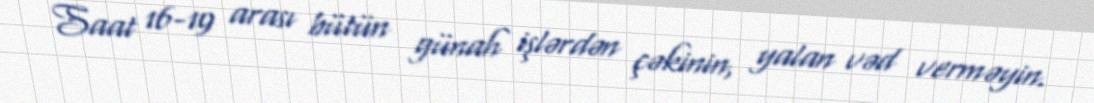
Saat 16-19 arası bütün günah işlərdən çəkinin, yalan vəd verməyin.